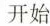
开始